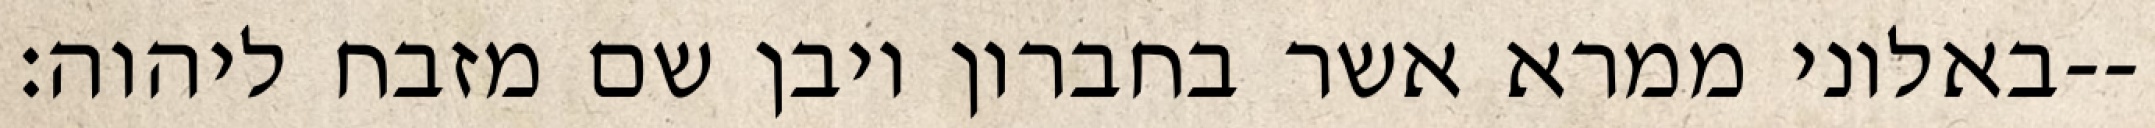
באלוני ממרא אשר בחברון ויבן שם מזבח ליהוה׃--